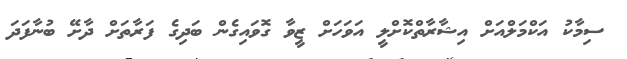
ސިމާކު އަކްމަލްއަށް އިޝާރާތްކޮށްލީ އަވަހަށް ޒީވާ ގޮވައިގެން ބަދިގެ ފަރާތަށް ދާށޭ ބުނާފަދަ